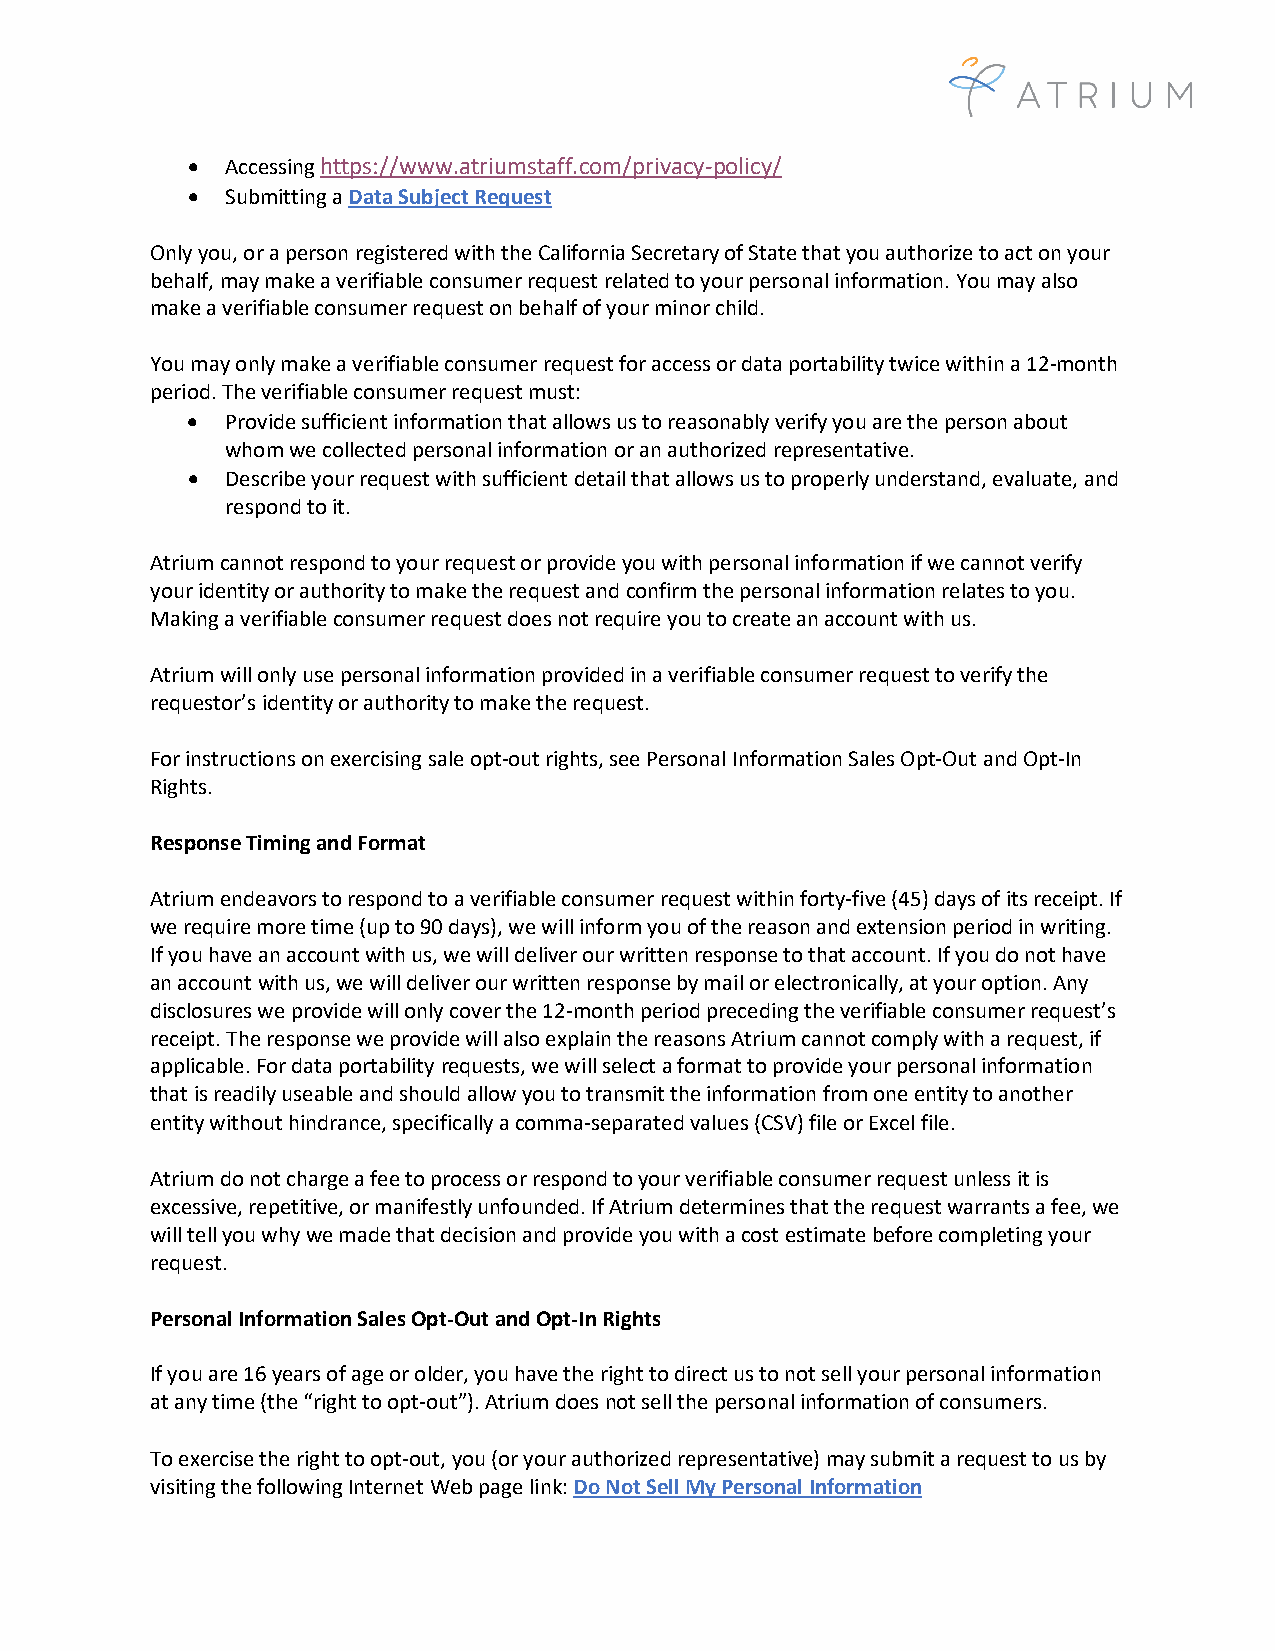
•  Accessing https://www.atriumstaff.com/privacy-policy/
 •  Submitting a Data Subject Request
 Only you, or a person registered with the California Secretary of State that you authorize to act on your
 behalf, may make a verifiable consumer request related to your personal information. You may also
 make a verifiable consumer request on behalf of your minor child.
 You may only make a verifiable consumer request for access or data portability twice within a 12-month
 period. The verifiable consumer request must:
 •  Provide sufficient information that allows us to reasonably verify you are the person about
 whom we collected personal information or an authorized representative.
 •  Describe your request with sufficient detail that allows us to properly understand, evaluate, and
 respond to it.
 Atrium cannot respond to your request or provide you with personal information if we cannot verify
 your identity or authority to make the request and confirm the personal information relates to you.
 Making a verifiable consumer request does not require you to create an account with us.
 Atrium will only use personal information provided in a verifiable consumer request to verify the
 requestor’s identity or authority to make the request.
 For instructions on exercising sale opt-out rights, see Personal Information Sales Opt-Out and Opt-In
 Rights.
 Response Timing and Format
 Atrium endeavors to respond to a verifiable consumer request within forty-five (45) days of its receipt. If
 we require more time (up to 90 days), we will inform you of the reason and extension period in writing.
 If you have an account with us, we will deliver our written response to that account. If you do not have
 an account with us, we will deliver our written response by mail or electronically, at your option. Any
 disclosures we provide will only cover the 12-month period preceding the verifiable consumer request’s
 receipt. The response we provide will also explain the reasons Atrium cannot comply with a request, if
 applicable. For data portability requests, we will select a format to provide your personal information
 that is readily useable and should allow you to transmit the information from one entity to another
 entity without hindrance, specifically a comma-separated values (CSV) file or Excel file.
 Atrium do not charge a fee to process or respond to your verifiable consumer request unless it is
 excessive, repetitive, or manifestly unfounded. If Atrium determines that the request warrants a fee, we
 will tell you why we made that decision and provide you with a cost estimate before completing your
 request.
 Personal Information Sales Opt-Out and Opt-In Rights
 If you are 16 years of age or older, you have the right to direct us to not sell your personal information
 at any time (the “right to opt-out”). Atrium does not sell the personal information of consumers.
 To exercise the right to opt-out, you (or your authorized representative) may submit a request to us by
 visiting the following Internet Web page link: Do Not Sell My Personal Information